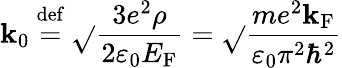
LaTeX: \mathbf{k}_{0}\ {\stackrel{\mathrm{{def}}}{=}}\ {\sqrt{}{{\frac{{3e^{2}\rho}}{{2\varepsilon_{0}E_{\mathrm{{F}}}}}}}}={\sqrt{}{{\frac{{me^{2}\mathbf{k}_{\mathrm{{F}}}}}{{\varepsilon_{0}\pi^{2}\hbar^{2}}}}}}